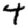
Digit: 4